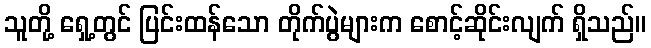
သူတို့ ရှေ့တွင် ပြင်းထန်သော တိုက်ပွဲများက စောင့်ဆိုင်းလျက် ရှိသည်။